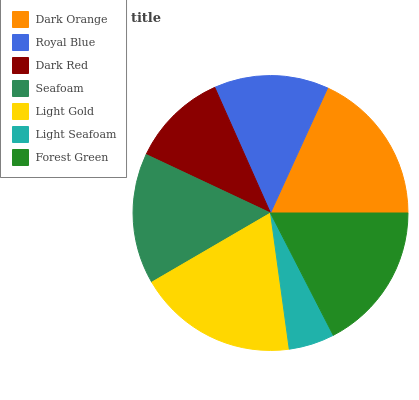
| Dark Orange | Royal Blue | Dark Red | Seafoam | Light Gold | Light Seafoam | Forest Green |
 | --- | --- | --- | --- | --- | --- | --- |
 | 18.1% | 13.5% | 11.4% | 15.4% | 18.8% | 5.38% | 17.5% |